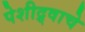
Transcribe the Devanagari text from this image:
पेशीद्र्वाचे